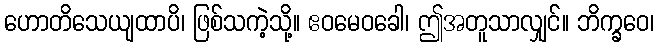
ဟောတိသေယျထာပိ၊ ဖြစ်သကဲ့သို့။ ဧဝမေဝခေါ၊ ဤအတူသာလျှင်။ ဘိက္ခဝေ၊